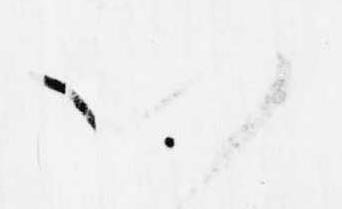
以